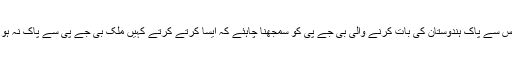
کانگریس سے پاک ہندوستان کی بات کرنے والی بی جے پی کو سمجھنا چاہئے کہ ایسا کرتے کرتے کہیں ملک بی جے پی سے پاک نہ ہو جائے۔